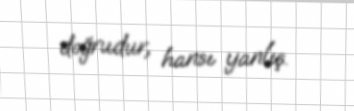
doğrudur, hansı yanlış.